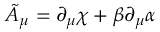
\tilde { A } _ { \mu } = \partial _ { \mu } \chi + \beta \partial _ { \mu } \alpha